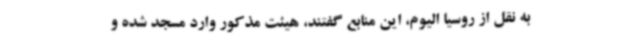
به نقل از روسیا الیوم، این منابع گفتند، هیئت مذکور وارد مسجد شده و